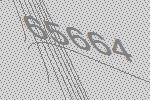
65664